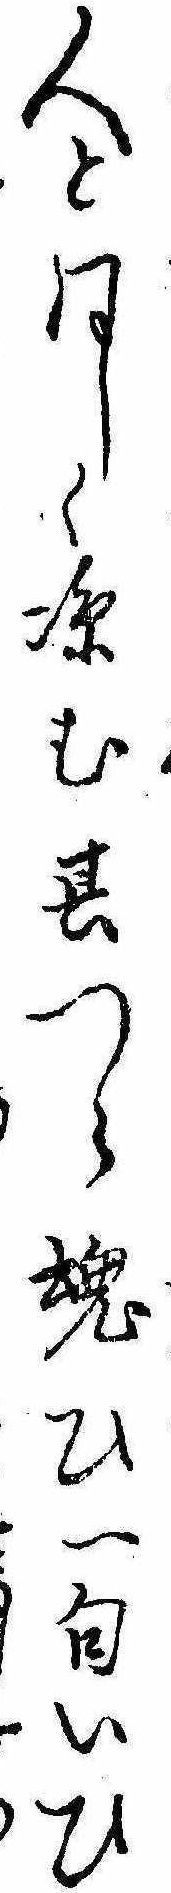
人と同しく涼む其つら魂ひ一句いひ